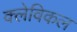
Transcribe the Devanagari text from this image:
क्लेविकल